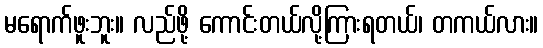
မရောက်ဖူးဘူး။ လည်ဖို့ ကောင်းတယ်လို့ကြားရတယ်၊ တကယ်လား။